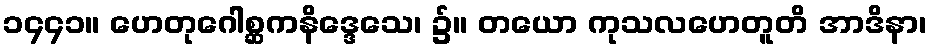
၁၄၄၁။ ဟေတုဂေါစ္ဆကနိဒ္ဒေသေ၊ ၌။ တယော ကုသလဟေတူတိ အာဒိနာ၊